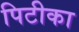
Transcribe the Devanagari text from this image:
पिटीका